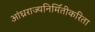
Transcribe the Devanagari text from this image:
आंध्रराज्यनिर्मितीकरिता